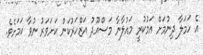
އެ ހަމަލާ ދިނުމަށް އަމުކުރީ މައުލާނާ މަސްއޫދު އަޒްހަރުކަން ކަށަވަރު ނުވާ ކަމަށެވެ.